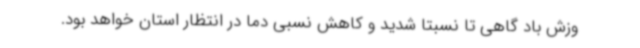
وزش باد گاهی تا نسبتا شدید و کاهش نسبی دما در انتظار استان خواهد بود.